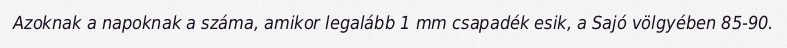
Azoknak a napoknak a száma, amikor legalább 1 mm csapadék esik, a Sajó völgyében 85-90.